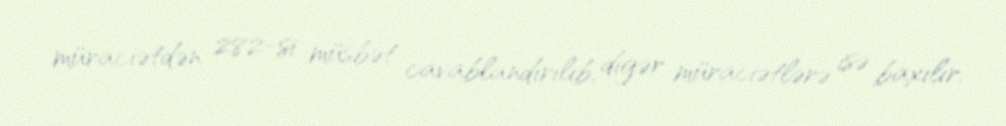
müraciətdən 282-si müsbət cavablandırılıb, digər müraciətlərə isə baxılır.